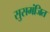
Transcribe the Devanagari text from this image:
सुसमंजित